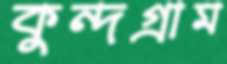
কুন্দগ্রাম